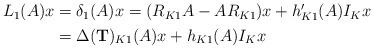
LaTeX: \begin{align*}\begin{aligned}L_1(A)x&= \delta_1(A)x =(R_{K1}A-AR_{K1})x + h'_{K1}(A)I_Kx\\&=\Delta(\mathbf{T})_{K1} (A)x+ h_{K1}(A)I_Kx\end{aligned}\end{align*}